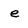
Character: e